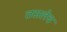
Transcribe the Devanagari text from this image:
तसलेच